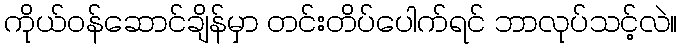
ကိုယ်ဝန်ဆောင်ချိန်မှာ တင်းတိပ်ပေါက်ရင် ဘာလုပ်သင့်လဲ။